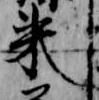
来